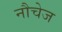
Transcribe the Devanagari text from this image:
नौचेज